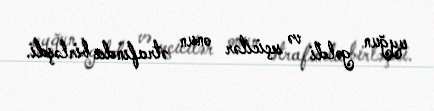
uyğun gəldi və seçicilər onun ətrafında birləşdi.